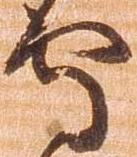
守